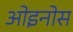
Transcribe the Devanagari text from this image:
ओइनोस